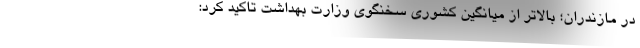
در مازندران؛ بالاتر از میانگین کشوری سخنگوی وزارت بهداشت تاکید کرد: